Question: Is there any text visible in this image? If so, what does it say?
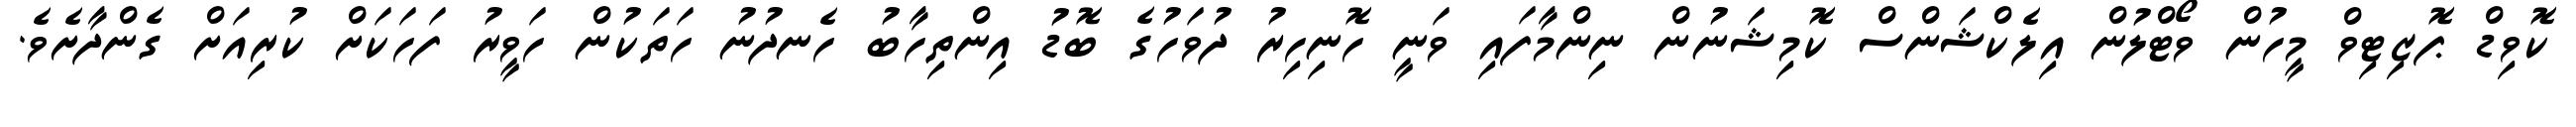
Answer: ކޮވިޑް ޕޮޒިޓިވް މީހުން ވޯޓްލުން އިލެކްޝަންސް ކޮމިޝަނުން ނިންމާފައި ވަނީ ހޮނިހިރު ދުވަހުގެ ބޮޑު އިންތިހާބު ހެނދުނު ހަތަކުން ހަވީރު ފަހަކަށް ކުރިއަށް ގެންދާށެވެ.